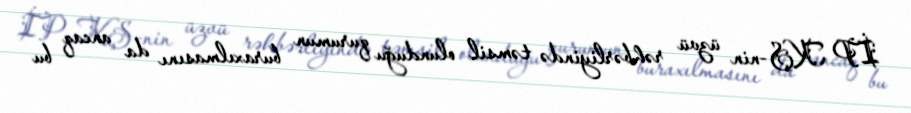
İP KŞ-nin üzvü rəhbərliyində təmsil olunduğu qurumun buraxılmasını da ancaq bu